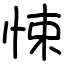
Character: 悚